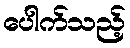
ပေါက်သည့်